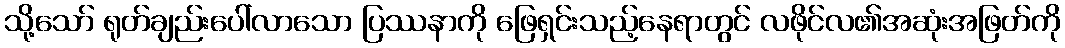
သို့သော် ရုတ်ချည်းပေါ်လာသော ပြဿနာကို ဖြေရှင်းသည့်နေရာတွင် လဖိုင်လ၏အဆုံးအဖြတ်ကို